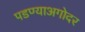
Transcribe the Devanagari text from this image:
पडण्याअगोदर